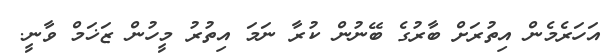
އަހަރެމެން އިތުރަށް ބާރުގެ ބޭނުން ކުރާ ނަމަ އިތުރު މީހުން ޒަޚަމް ވާނީ.